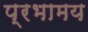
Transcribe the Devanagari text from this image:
प्रभामय